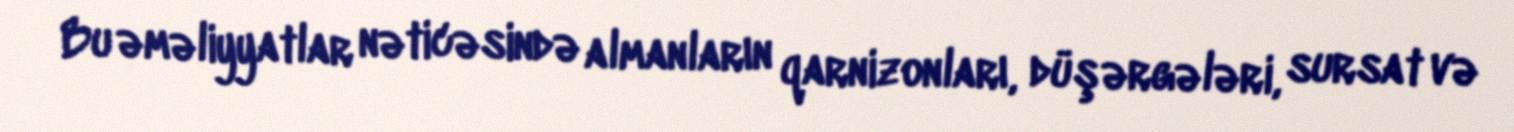
Bu əməliyyatlar nəticəsində almanların qarnizonları, düşərgələri, sursat və